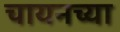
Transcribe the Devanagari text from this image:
चायनच्या